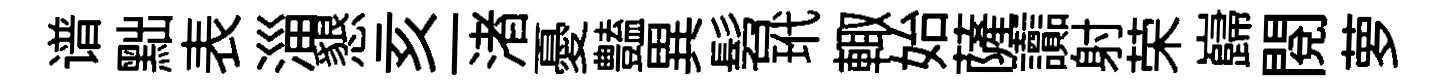
谱黜表淄懇亥一渚憂𧰟異髫玳輙始薩讟射荣巋閱萝